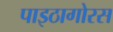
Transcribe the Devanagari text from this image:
पाइठागोरस